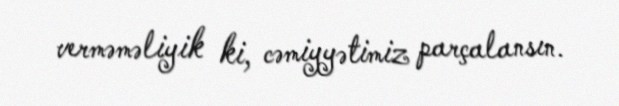
verməməliyik ki, cəmiyyətimiz parçalansın.